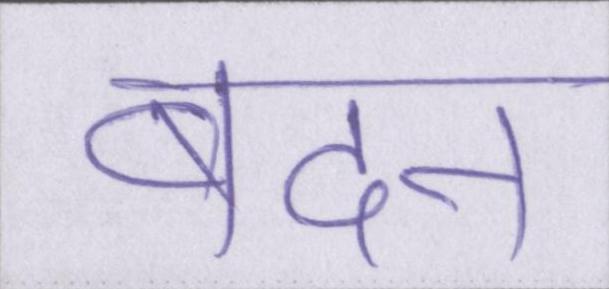
बदन